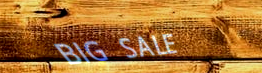
BIG SALE